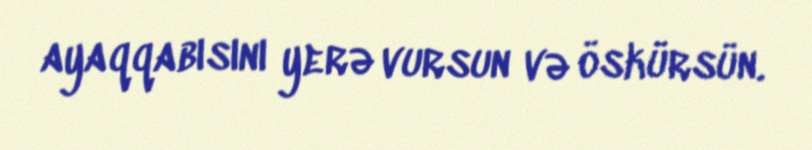
ayaqqabısını yerə vursun və öskürsün.